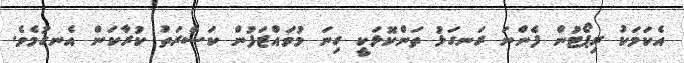
އެކަމަކު ރިޕޯޓުން ފެންނަ ރަނގަޅު ތަންކޮޅަކީ ގިނަ މުވައްޒަފުން ކަސްރަތު ކުރާކަން އެނގުމެވެ.